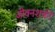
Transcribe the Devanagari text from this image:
जीवनशक्ती